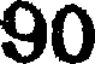
90